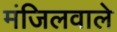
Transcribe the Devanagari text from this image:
मंजिलवाले